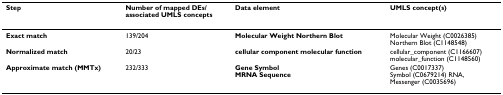
<table><thead><tr><td><b>Step</b></td><td><b>Number of mapped DEs/associated UMLS concepts</b></td><td><b>Data element</b></td><td><b>UMLS concept(s)</b></td></tr></thead><tbody><tr><td><b>Exact match</b></td><td>139/204</td><td><b>Molecular Weight Northern Blot</b></td><td>Molecular Weight (C0026385)Northern Blot (C1148548)</td></tr><tr><td><b>Normalized match</b></td><td>20/23</td><td><b>cellular component molecular function</b></td><td>cellular_component (C1166607)molecular_function (C1148560)</td></tr><tr><td><b>Approximate match (MMTx)</b></td><td>232/333</td><td><b>Gene Symbol</b><b>MRNA Sequence</b></td><td>Genes (C0017337)Symbol (C0679214) RNA,Messenger (C0035696)</td></tr></tbody></table>